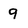
Character: 9